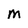
Character: M